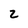
Character: 2